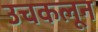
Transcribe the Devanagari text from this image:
उचकलून